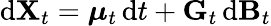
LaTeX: \mathrm{d}\mathbf{{X}}_{t}={\boldsymbol{\mu}}_{t}\, \mathrm{d}t+\mathbf{{G}}_{t}\, \mathrm{d}\mathbf{{B}}_{t}